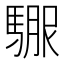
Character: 𲋻